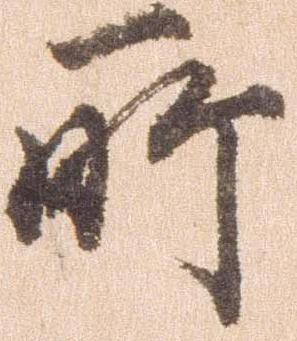
所